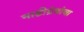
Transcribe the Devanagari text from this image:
नाडीग्रंथांचा